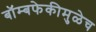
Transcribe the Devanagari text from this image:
बॉम्बफेकीमुळेच